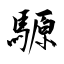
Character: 騵